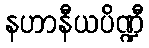
နဟာနီယပိဏ္ဍီ